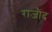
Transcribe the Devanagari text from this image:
राजौंद